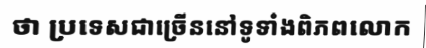
ថា ប្រទេសជាច្រើននៅទូទាំងពិភពលោក